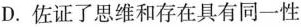
D.佐证了思维和存在具有同一性